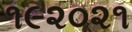
૧૯૨૦૨૧